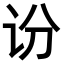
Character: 𫍛